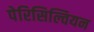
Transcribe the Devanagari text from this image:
पेरिसिल्वियन